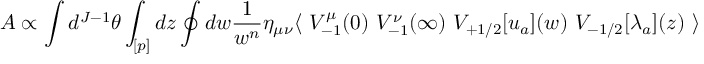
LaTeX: { \cal A } \propto \int d ^ { J - 1 } \theta \int _ { [ p ] } d z \oint d w \frac { 1 } { w ^ { n } } \eta _ { \mu \nu } \langle \ V _ { - 1 } ^ { \mu } ( 0 ) \ V _ { - 1 } ^ { \nu } ( \infty ) \ V _ { + 1 / 2 } [ u _ { a } ] ( w ) \ V _ { - 1 / 2 } [ \lambda _ { a } ] ( z ) \ \rangle